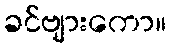
ခင်ဗျားကော။